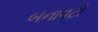
બનાવટો